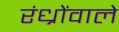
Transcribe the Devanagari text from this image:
रंध्रोंवाले